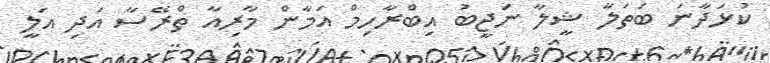
ކުޅަދާނަ ބަތަލާ ޝީލާ ނަޖީބު އިބްރާހިމް އަމާން މާރިއާ ތްރޭސާ އަދި އަލީ